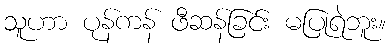
သူဟာ ပုန်ကန် ဖီဆန်ခြင်း မပြုရဲဘူး။